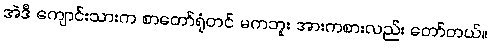
အဲဒီ ကျောင်းသားက စာတော်ရုံတင် မကဘူး အားကစားလည်း တော်တယ်။